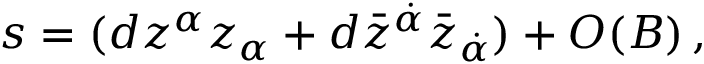
s = ( d z ^ { \alpha } z _ { \alpha } + d \bar { z } ^ { \dot { \alpha } } \bar { z } _ { \dot { \alpha } } ) + O ( B ) \, ,